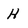
Character: H